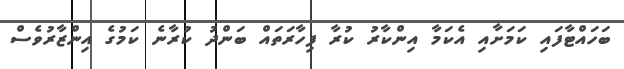
ބަހައްޓާފައި ކަމަށާއި އެކަމާ އިންކާރު ކުރާ ފިހާރަތައް ބަންދު ކުރާނެ ކަމުގެ އިންޒާރުވެސް